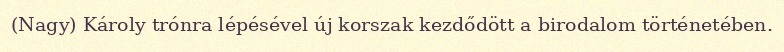
(Nagy) Károly trónra lépésével új korszak kezdődött a birodalom történetében.